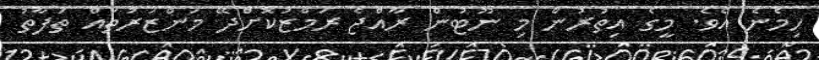
ހިމެނެ އެވެ. މީގެ އިތުރުން މި ނޫޓުން ރާއްޖެ ރަމްޒުކޮށްދޭ މަންޒަރުތައް ތަފާތު